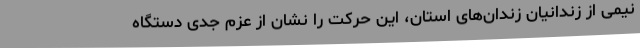
نیمی از زندانیان زندان‌های استان، این حرکت را نشان از عزم جدی دستگاه